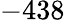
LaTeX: -438